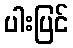
ပါးပြင်